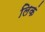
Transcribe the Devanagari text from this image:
लिकं